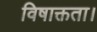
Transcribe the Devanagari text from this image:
विषाक्तता।